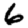
Digit: 6